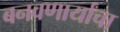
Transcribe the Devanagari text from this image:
बनवणार्यांचा